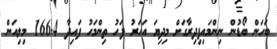
ބަހަން ބޯޑުން ނިންމައިފިދިރާގަށް މިދިޔަ އަހަރު ފަހު ތިންމަހު ފައިދާ 166.4 މިލިއަން